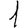
Digit: 1